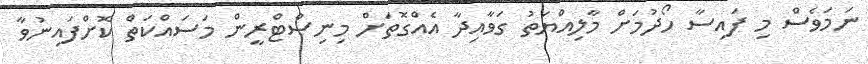
ނަމަވެސް މި ފައިސާ ހޯދުމަށް މާލިއްޔަތު ގަވާއިދާ އެއްގޮތަށް މިނިސްޓްރީން މަސައްކަތް ކޮށްފައިނުވާ